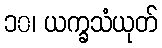
၁၀၊ ယက္ခသံယုတ်